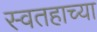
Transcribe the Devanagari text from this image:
स्वतहाच्या